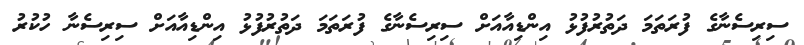
ސިރިސެނާގެ ފުރަތަމަ ދަތުރުފުޅު އިންޑިއާއަށް ސިރިސެނާގެ ފުރަތަމަ ދަތުރުފުޅު އިންޑިއާއަށް ސިރިސެނާ ހުކުރު